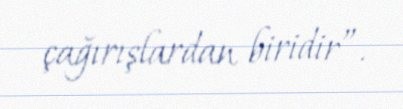
çağırışlardan biridir”.